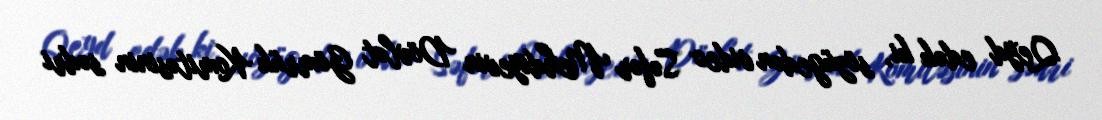
Qeyd edək ki, sözügedən video Səfər Mehdiyevin Dövlət Gömrük Komitəsinin sədri